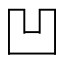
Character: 凹